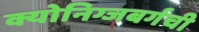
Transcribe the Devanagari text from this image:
क्योनिग्जबर्गची